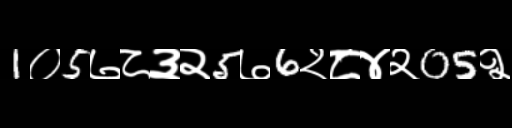
Text: 1०5७८३२5७6२८४२05२